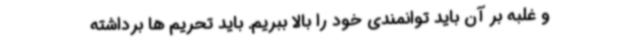
و غلبه بر آن باید توانمندی خود را بالا ببریم. باید تحریم ها برداشته